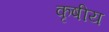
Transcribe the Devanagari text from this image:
कृषीय